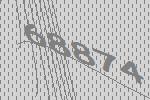
68874